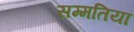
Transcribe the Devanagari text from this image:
सम्मतियां